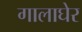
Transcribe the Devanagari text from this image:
गालाघेर